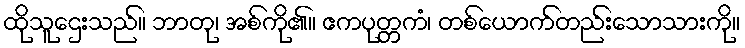
ထိုသူဌေးသည်။ ဘာတု၊ အစ်ကို၏။ ဧကပုတ္တကံ၊ တစ်ယောက်တည်းသောသားကို။